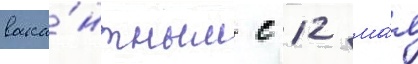
вака́нтным с 12 ма́я